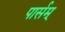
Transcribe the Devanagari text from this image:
पार्सम्